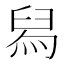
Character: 舄